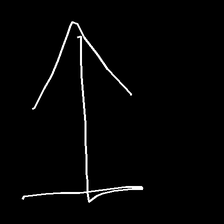
Glyph: levitation